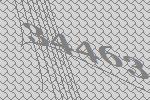
34463